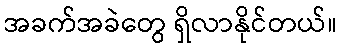
အခက်အခဲတွေ ရှိလာနိုင်တယ်။